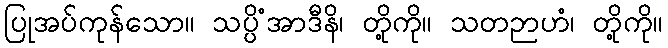
ပြုအပ်ကုန်သော။ သပ္ပိံအာဒီနိ၊ တို့ကို။ သတဉာဟံ၊ တို့ကို။